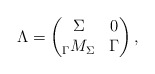
\begin{align*}\Lambda = \begin{pmatrix} \Sigma & 0 \\ {_\Gamma M_\Sigma} & \Gamma \\ \end{pmatrix},\end{align*}